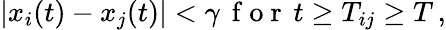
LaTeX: |x_{i}(t)-x_{j}(t)|<\gamma\, \mathrm{~f~o~r~}\, t\geq T_{ij}\geq T\, ,